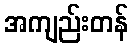
အကျည်းတန်